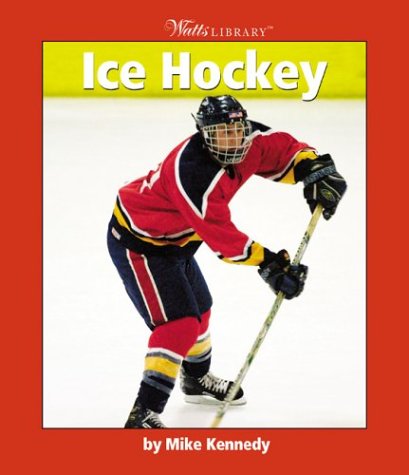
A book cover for Ice Hockey (Watts Library); Mike Kennedy; Children's Books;